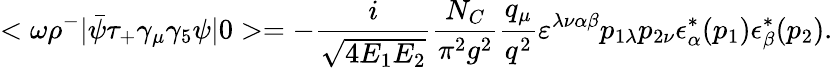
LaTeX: <\omega\rho^{-}|\bar{\psi}\tau_{+}\gamma_{\mu}\gamma_{5}\psi|0>=-\frac{i}{\sqrt{4E_{1}E_{2}}}\frac{N_{C}}{\pi^{2}g^{2}}\frac{q_{\mu}}{q^{2}}\varepsilon^{\lambda\nu\alpha\beta}p_{1\lambda}p_{2\nu}\epsilon_{\alpha}^{*}(p_{1})\epsilon_{\beta}^{*}(p_{2}).